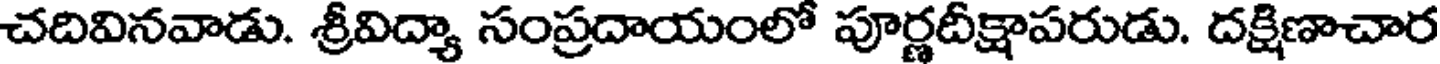
చదివినవాడు. శ్రీవిద్యా సంప్రదాయంలో పూర్ణదీక్షాపరుడు. దక్షిణాచార